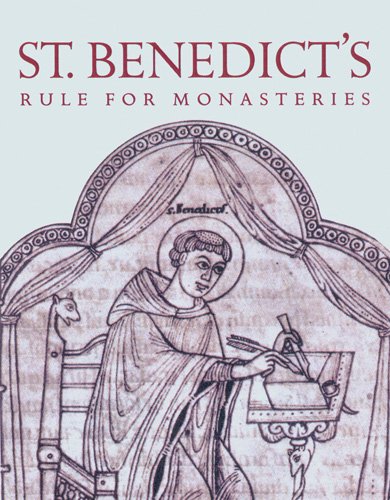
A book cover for St. Benedict's Rule For Monasteries; Christian Books & Bibles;